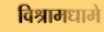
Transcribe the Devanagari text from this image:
विश्रामधामे